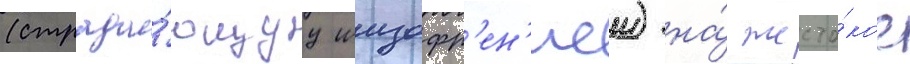
(страда́ющуу шизофр'ен'иеи) на́ жесто́кое